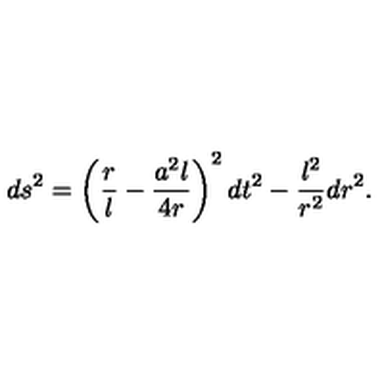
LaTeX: d s ^ { 2 } = \left( \frac r l - \frac { a ^ { 2 } l } { 4 r } \right) ^ { 2 } d t ^ { 2 } - \frac { l ^ { 2 } } { r ^ { 2 } } d r ^ { 2 } .